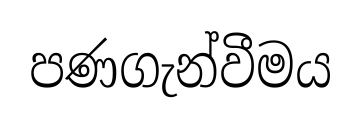
පණගැන්වීමය